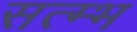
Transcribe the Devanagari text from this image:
सत्म्भ